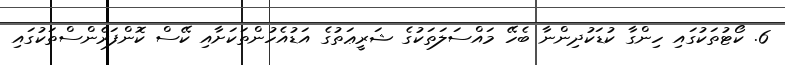
6. ކޯޓުތަކުގައި ހިންގާ ކުޑަކުދިންނާ ބެހޭ މައްސަލަތަކުގެ ޝަރީޢަތުގެ އަޑުއެހުންތަކަށާއި ކޭސް ކޮންފަރެންސްތަކުގައި